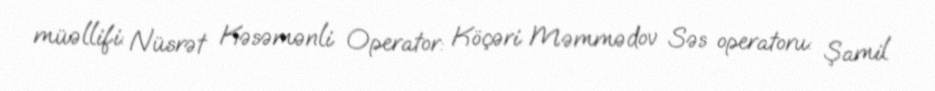
müəllifi: Nüsrət Kəsəmənli Operator: Köçəri Məmmədov Səs operatoru: Şamil